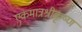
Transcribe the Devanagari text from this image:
एकमात्रश्रीकृष्ण